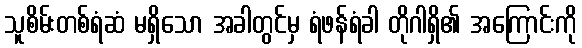
သူစိမ်းတစ်ရံဆံ မရှိသော အခါတွင်မှ ရံဖန်ရံခါ တိုဂါရှိ၏ အကြောင်းကို